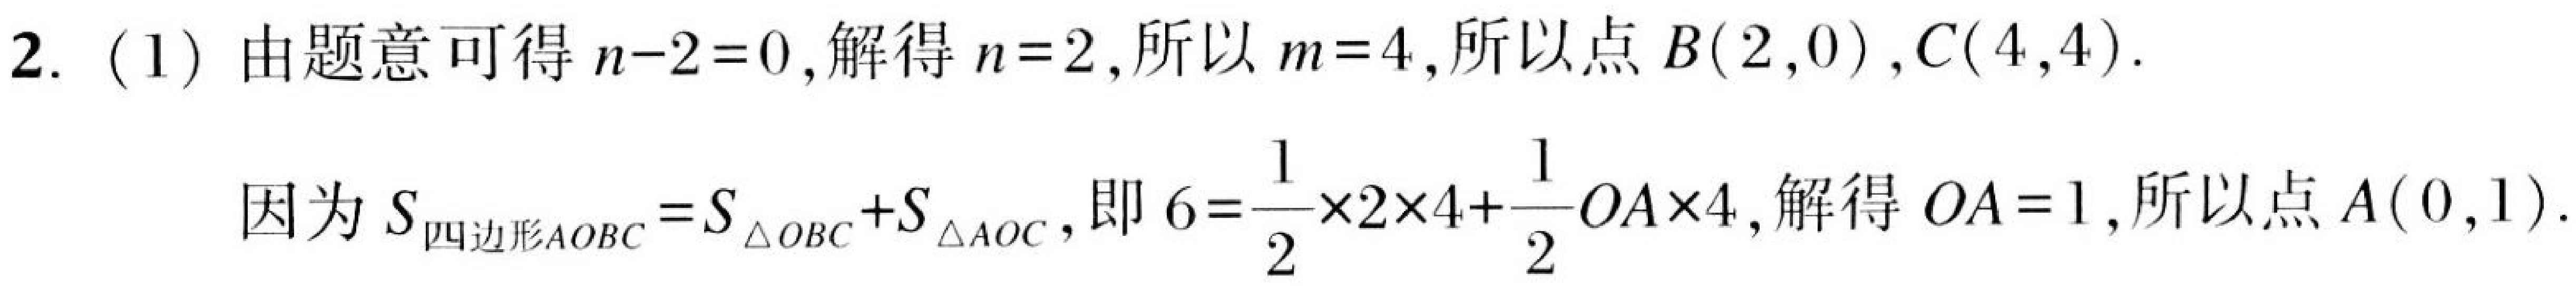
2. (1) 由题意可得 \(n - 2 = 0\), 解得 \(n = 2\), 所以 \(m = 4\), 所以点 \(B(2,0)\), \(C(4,4)\).
因为 \(S_{四边形AOBC}=S_{\triangle OBC}+S_{\triangle AOC}\), 即 \(6=\dfrac{1}{2}\times2\times4+\dfrac{1}{2}OA\times4\), 解得 \(OA = 1\), 所以点 \(A(0,1)\).